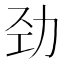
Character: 劲